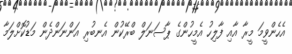
އެހެންވީމަ މީރާ އާއި ފާލިހު އެމީހުންގެ ޕާސަނަލް ބްރޭކުން އެނބުރި އަންނަންދެން މަޑުކޮށްލަމާ